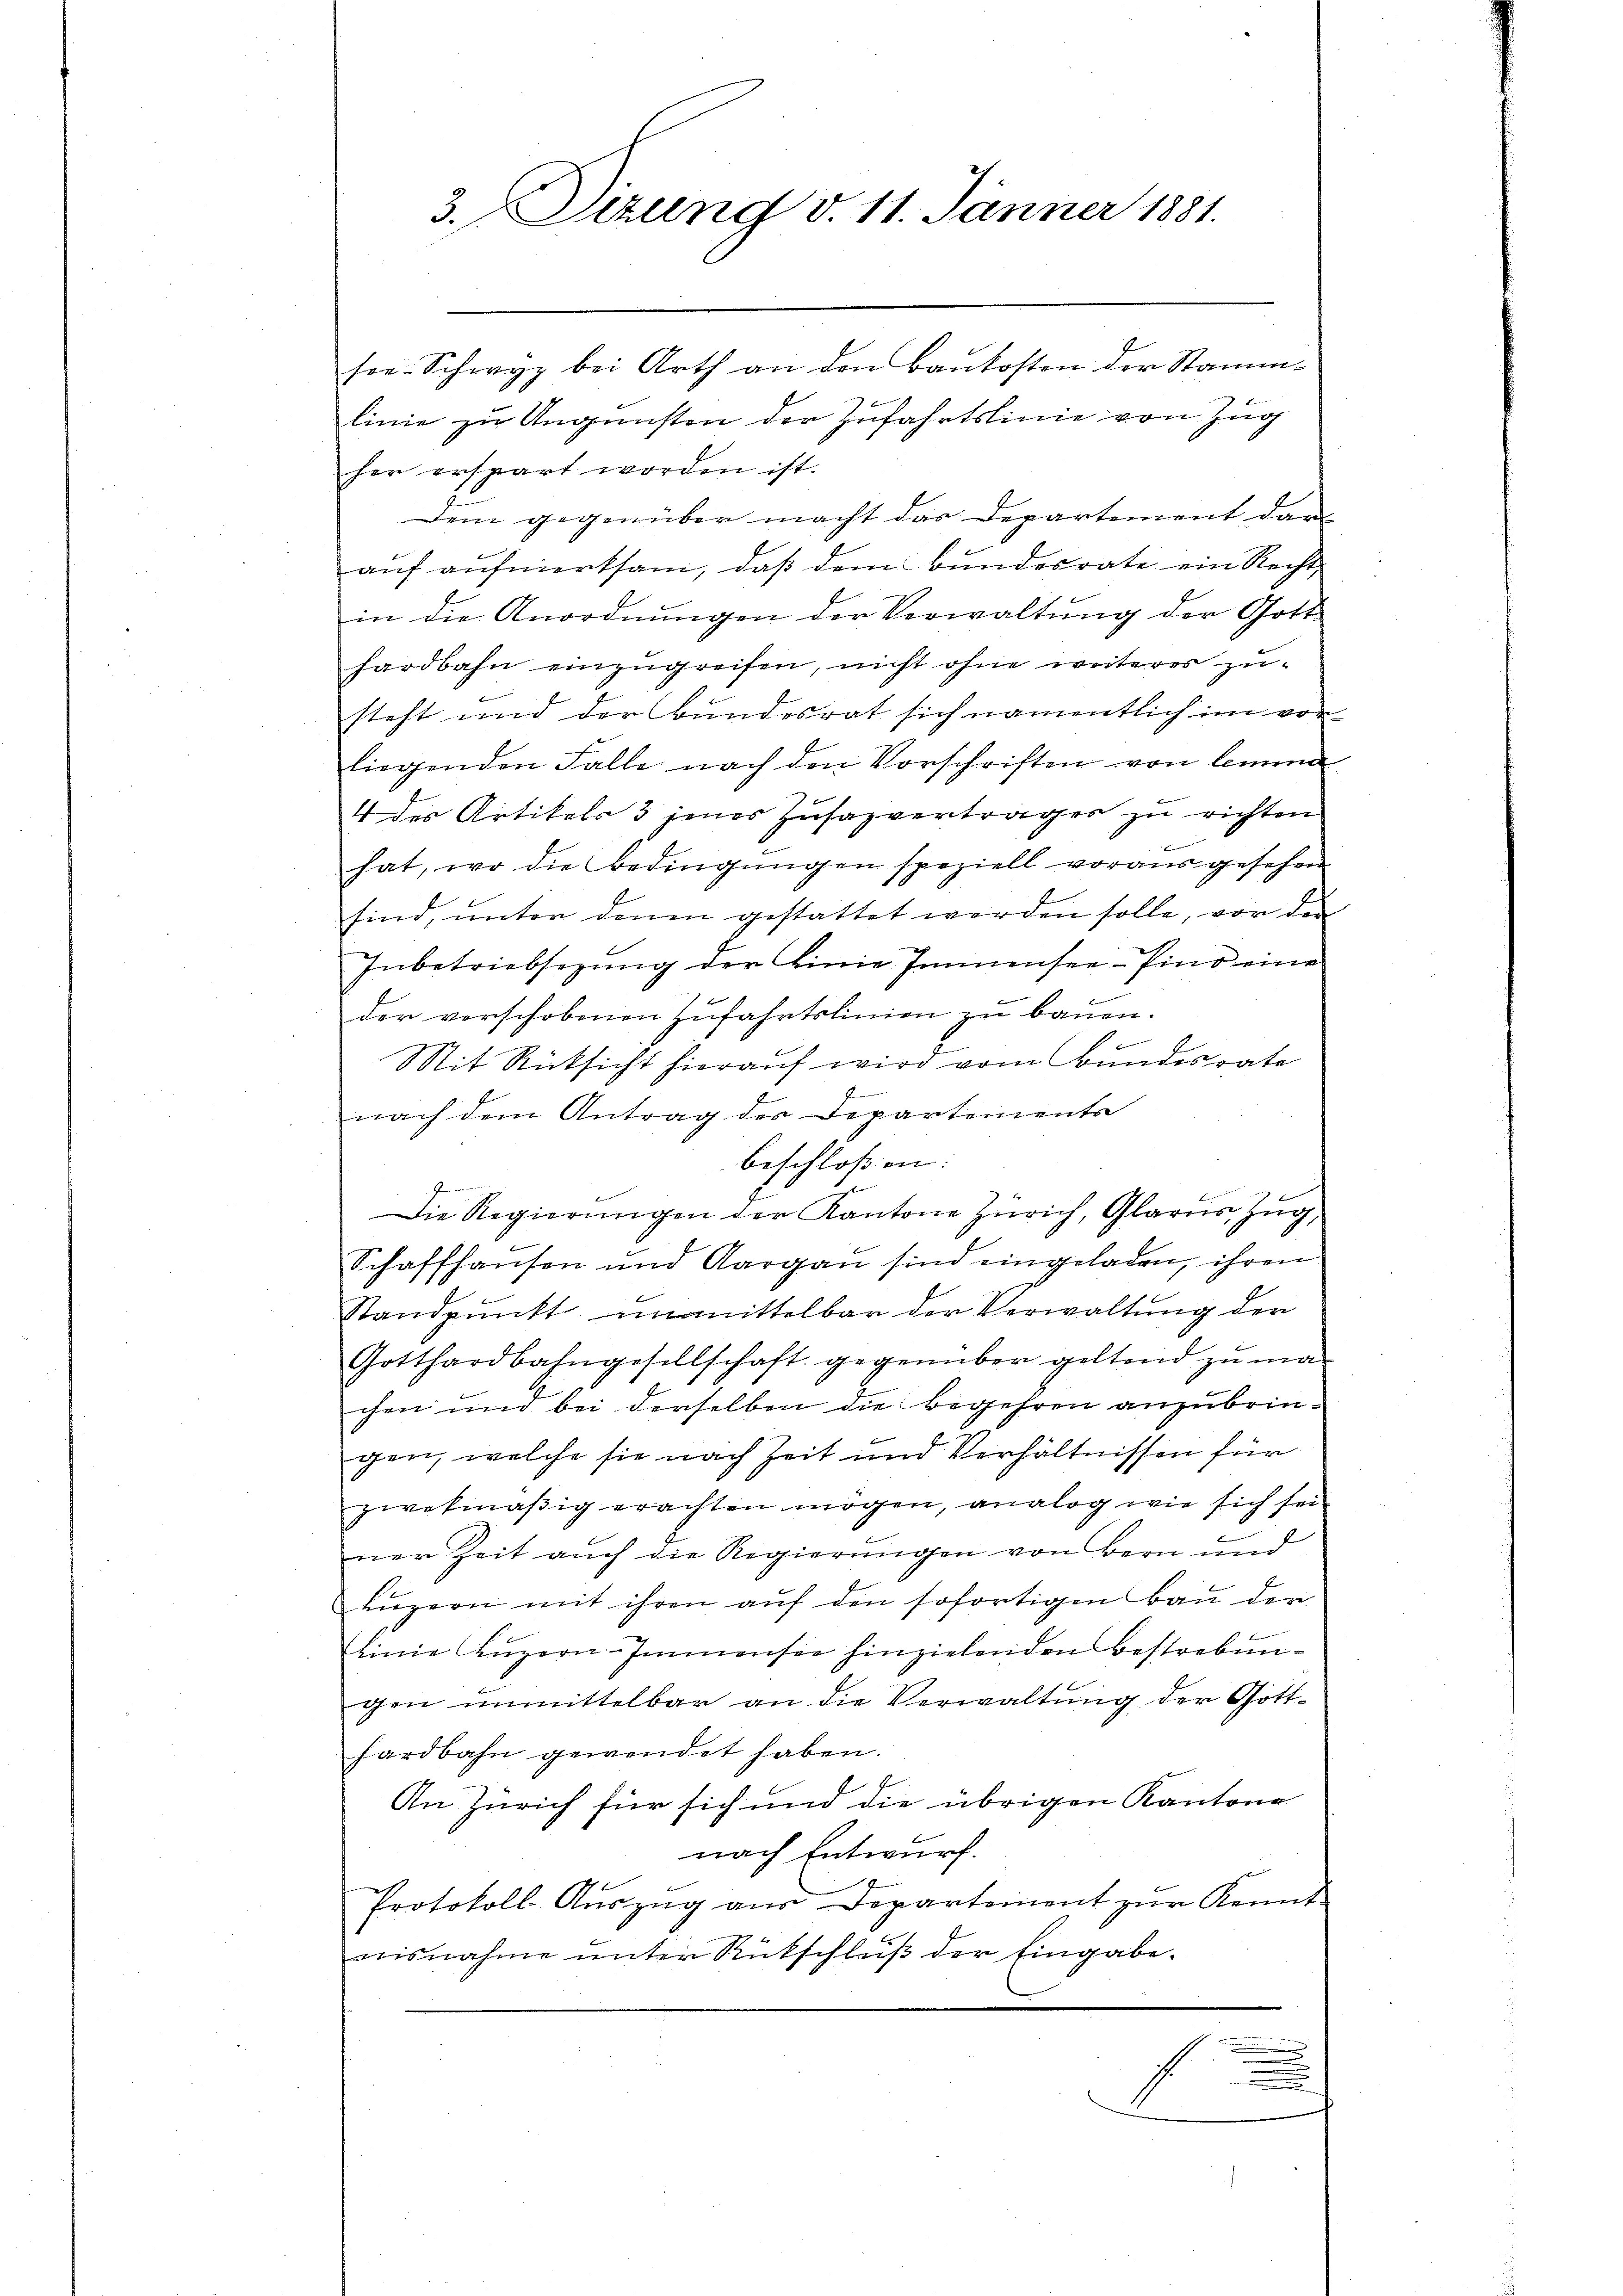
3. Sizung d. 11. Jänner 1881.

ser. Schwyz bei Arth an den Baukosten der Stammlinie zu Ungunsten der Zufahrtslinie von Zug
her erspart worden ist.
Dem gegenüber macht das Departement dar
auf aufmerksam, daß dem Bundesrate ein Recht,
in die Anordnungen der Verwaltung der Gott-
hardbahn einzugreifen, nicht ohne weiteres zusteht und der Bundesrat sich namentlich im vor
liegenden Falle nach den Vorschriften von lemma
4 des Artikels 3 jenes Zusazvertrages zu richten
b
hat, wo die Bedingungen speziell voraus gesehen
sind, unter denen gestattet werden solle, vor der
Inbetriebsegŭng der Linie Immensee–Pino eine
der vorschobenen Zufahrtslinien zu bauen.
Mit Rücksicht hierauf wird vom Bundesrate
e
nach dem Antrag der Departements
beschloßen: |
.
Die Regierungen der Kantone Zürich, Glarus, Zug,
Schaffhausen und Aargau sind eingeladen, ihren
Standpŭnkt unmittelbar der Verwaltung der
Gotthardbahngesellschaft gegenüber geltend zŭ ma
chen und bei derselben die Begehren anzubringen, welche sie nach Zeit und Verhältnissen für
zwekmäβig erachten mögen, analog wie sich sei
ner Zeit auch die Regierungen von Bern und
Lŭzern mit ihren auf den sofortigen Bau der
Einie Lŭzern-Immensee hinzielenden Bestrebun-
gen unmittelbar an die Verwaltung der Gotthardbahn gewendet haben.
An Zürich für sich und die übrigen Kantone
nach Entwurf.
Protokoll Aŭszŭg aŭs Departement zŭr Kennt
nisnahme unter Rückschluß der Eingabe.
n